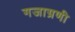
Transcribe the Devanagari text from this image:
गजाग्रणी